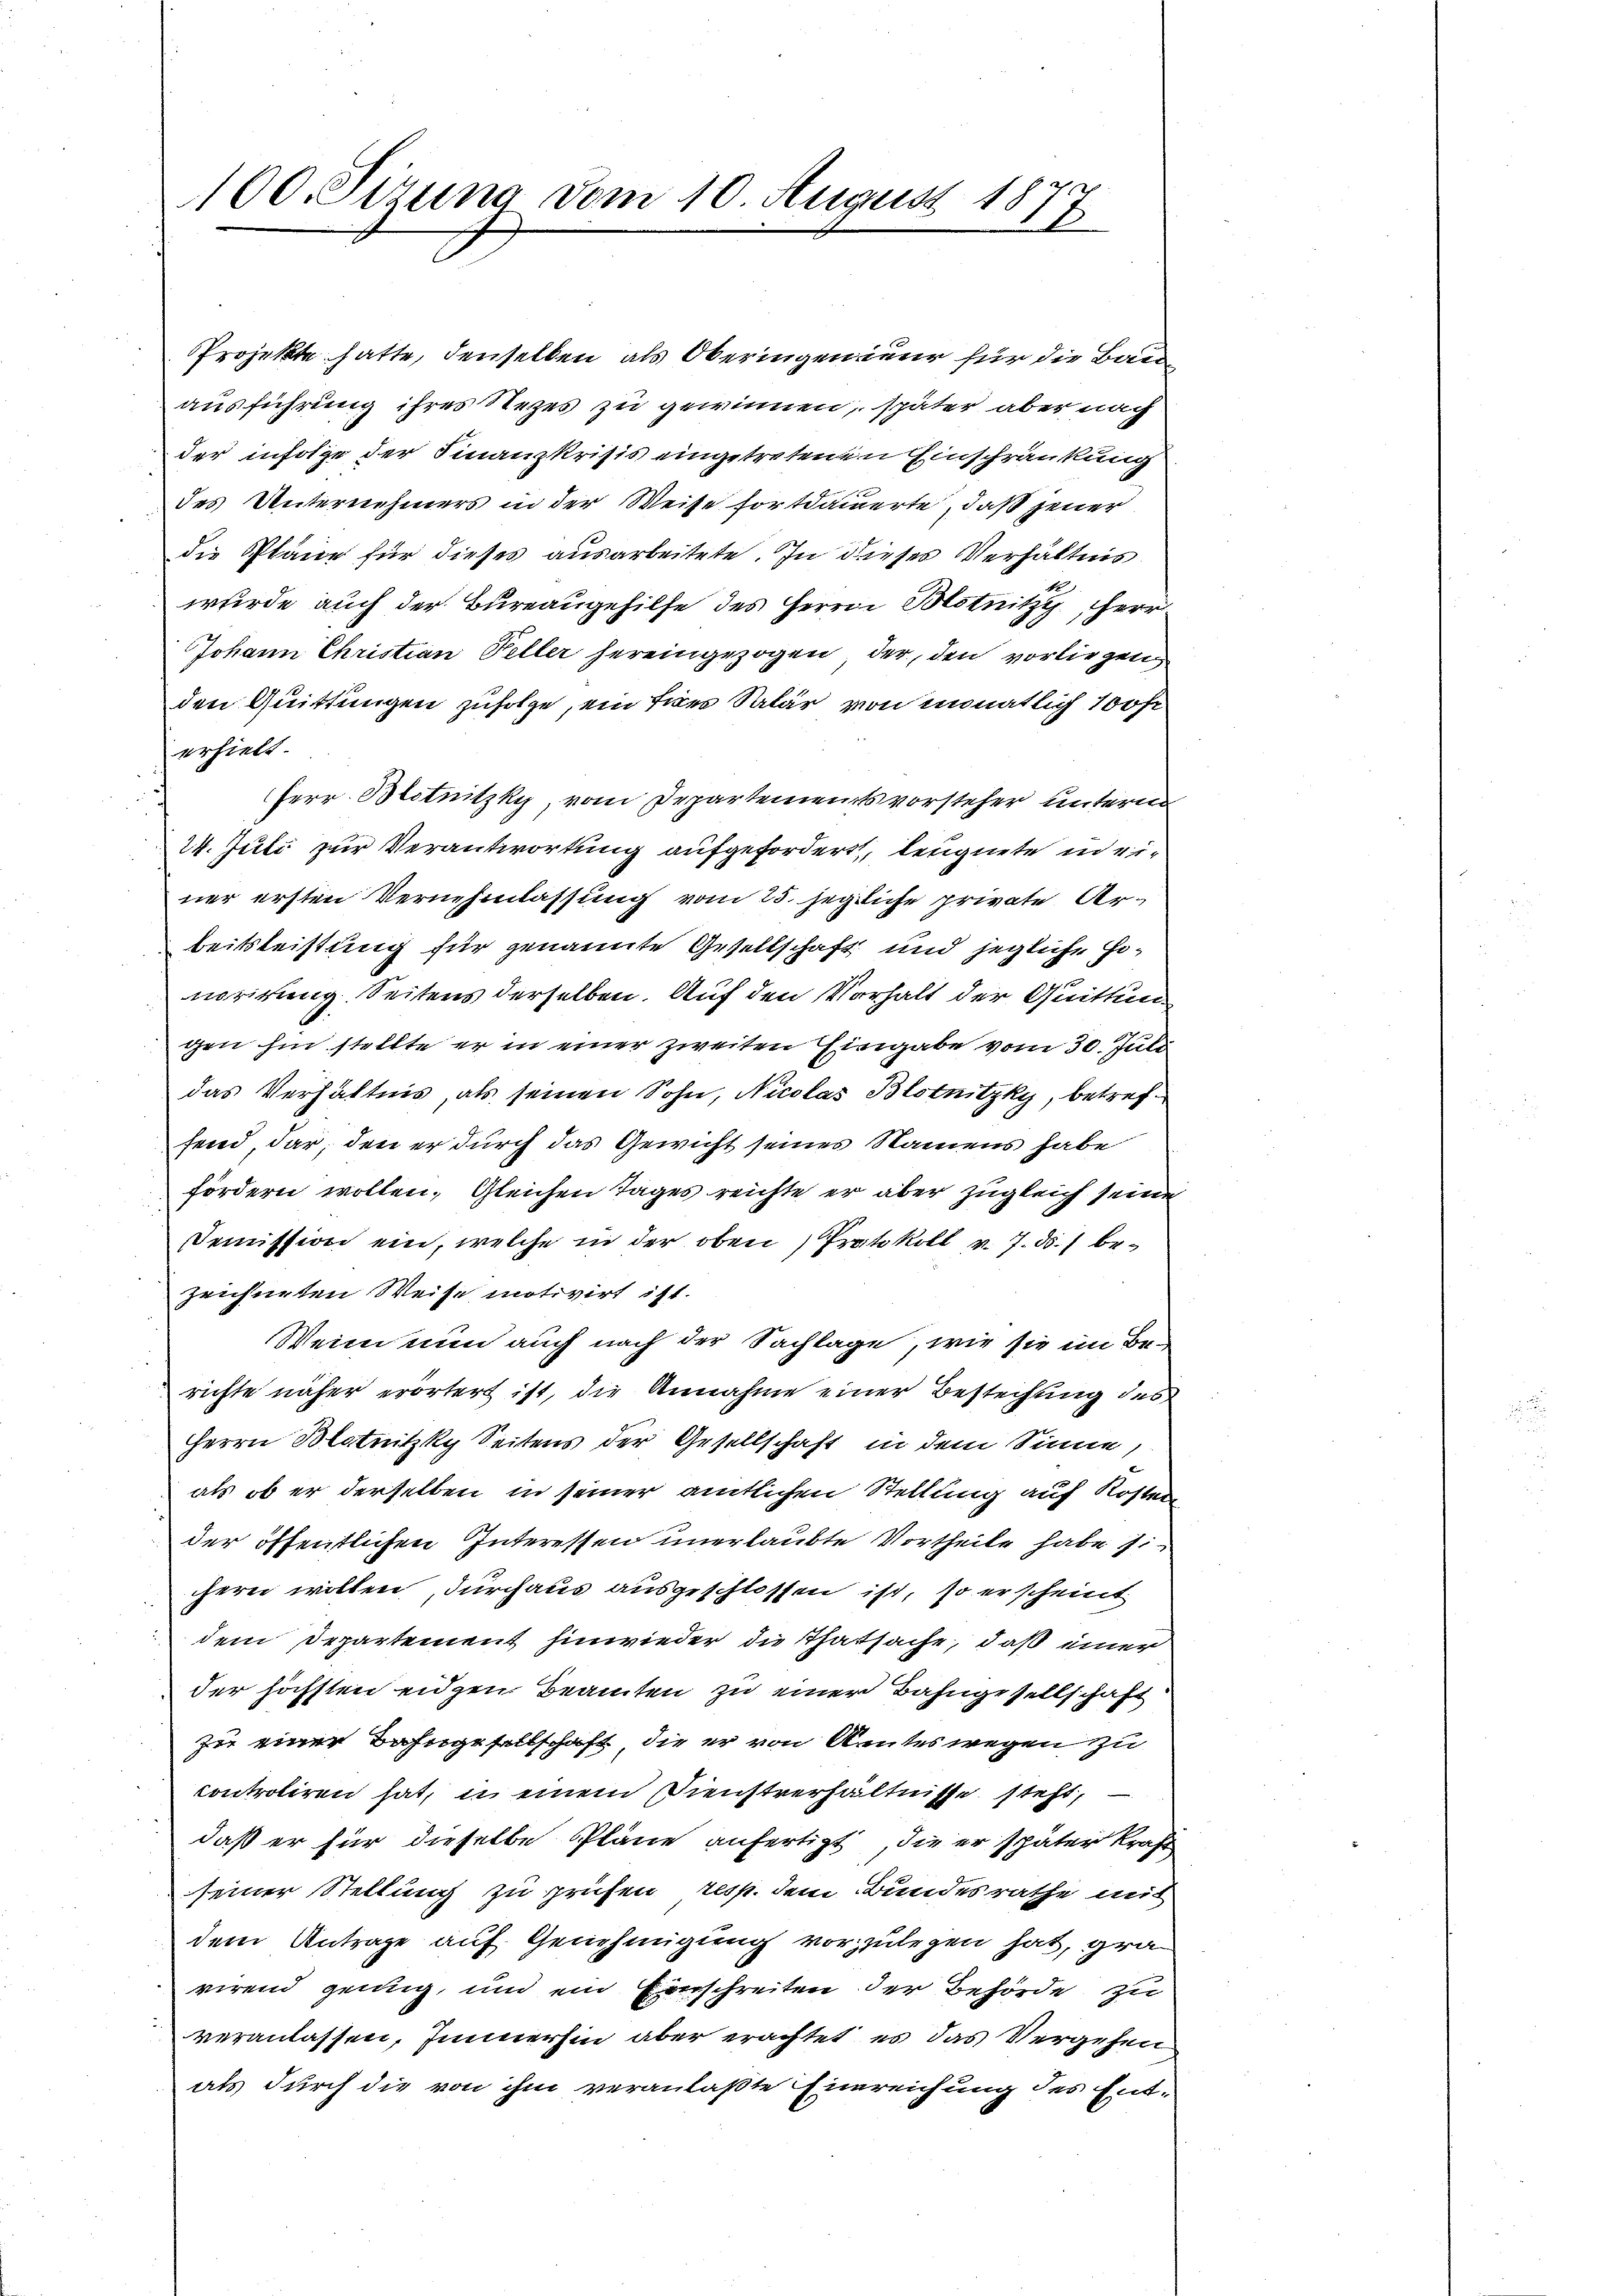
100. Sizung vom 10. August 1877
1

PProjekte hatte, denselben als Oberingenieur für die Bau
ausführung ihres Rezes zu gewinnen, später aber nach
der infolge der Finanzkrisis eingetretenen Einschränkung
des Unternehmers in der Weise fortdauerte, daß jener
die Pläne für dieses ausarbeitete. In dieses Verhältnis
wurde auch der Bureaugehilfe des Herrn Blotnitz, Herr
Johann Christian Feller hereingezogen, der, den vorliegen
den Quittungen zufolge, ein frei Salär von monatlich 100fr
erhielt.
Herr Blotnitzky vom Departementsvorsteher unterm
24. Juli zur Verantwortung aufgefordert, leugnete in einer ersten Vernehmlassung vom 25. Jegliche private Arbeitsleistung für genannte Gesellschaft und jegliche Honorirung. Seitens derselben. Auf den Vorhalt der Quittungen hin stellte er in einer zweiten Eingabe vom 30. Juli
das Verhältnis, als seinen Sohn, Nicolas Blotnitzky, betreffend, dar, den er durch das Gewicht seines Namens habe
fördern wollen. Gleichen Tages reichte er aber zugleich seine
Demission ein, welche in der oben Protokoll v. 7. ds. bezeichneten Weise motivirt ist.
Wenn nun auch nach der Sachlage, wie sie im Berichte näher erörtert ist, die Annahme einer Bestechung des
Herrn Blotnitzky Seitens der Gesellschaft in dem Sinne,
als ob er derselben in seiner amtlichen Stellung auf Kosten
der öffentlichen Interessen unerlaubte Vortheile habe si
chern willen, durchaus ausgeschlossen ist, so er scheint
dem Departement hinwieder die Thatsache, daß einer
der höchsten eidgen Beamten zu einer Bahngesellschaft
zu einer Bahngesellschaft, die er von Amtes wegen zu
controliren hat, in einem Dienstverhältnisse steht,
daß er für dieselbe Pläne anfertigt die er später Kraft
seiner Stellung zu prüfen, resp. dem Bundesrathe mit
dem Antrage auf Genehmigung vorzulegen hat, gravirend genug, und ein Einschreiten der Behörde zu
veranlassen, Immerhin aber erachtet, es das Vergehen
als durch die von ihm veranlaßte Einreichung des Ent¬